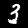
Label: 3